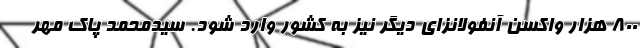
۸۰۰ هزار واکسن آنفولانزای دیگر نیز به کشور وارد شود. سیدمحمد پاک مهر